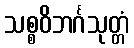
သစ္စဝိဘင်္ဂသုတ္တံ